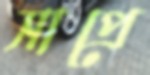
সাপ্রে